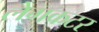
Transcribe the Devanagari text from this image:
लेगकटर